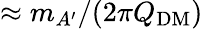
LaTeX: \approx m_{A^{\prime}}/(2\pi Q_{\mathrm{DM}})